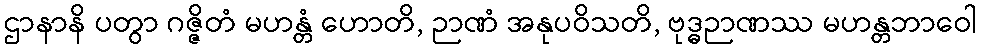
ဌာနာနိ ပတွာ ဂဇ္ဇိတံ မဟန္တံ ဟောတိ, ဉာဏံ အနုပဝိသတိ, ဗုဒ္ဓဉာဏဿ မဟန္တဘာဝေါ